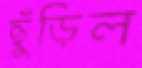
ছুঁড়িল